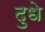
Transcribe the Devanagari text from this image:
दुधे